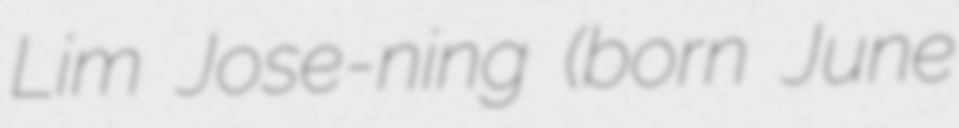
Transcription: Lim Jose-ning (born June